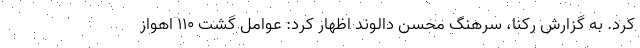
کرد. به گزارش رکنا، سرهنگ محسن دالوند اظهار کرد: عوامل گشت ۱۱۰ اهواز